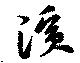
濱